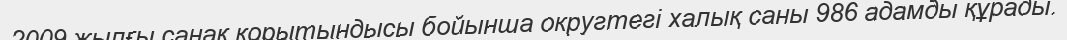
2009 жылғы санақ қорытындысы бойынша округтегі халық саны 986 адамды құрады.